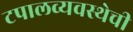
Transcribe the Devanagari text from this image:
टपालव्यवस्थेची